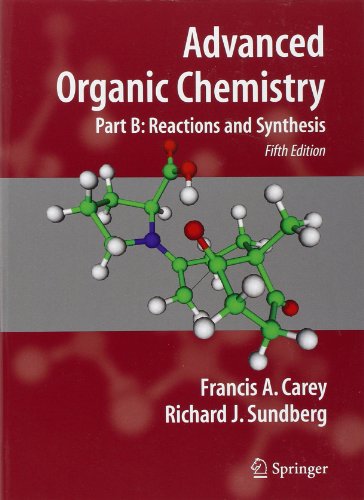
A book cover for Advanced Organic Chemistry: Part B: Reaction and Synthesis; Francis A. Carey; Science & Math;